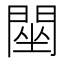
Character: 䦟